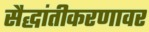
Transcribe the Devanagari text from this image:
सैद्धांतीकरणावर